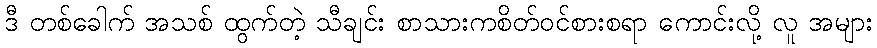
ဒီ တစ်ခေါက် အသစ် ထွက်တဲ့ သီချင်း စာသားကစိတ်ဝင်စားစရာ ကောင်းလို့ လူ အများ